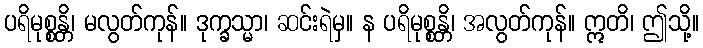
ပရိမုစ္စန္တိ၊ မလွတ်ကုန်။ ဒုက္ခသ္မာ၊ ဆင်းရဲမှ။ န ပရိမုစ္စန္တိ၊ အလွတ်ကုန်။ ဣတိ၊ ဤသို့။